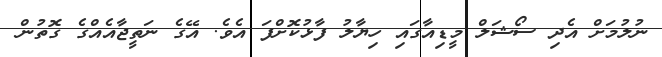
ނުލުމަށް އެދި ސޯޝަލް މީޑިއާގައި ހިޔާލު ފާޅުކޮށްފަ އެވެ. އޭގެ ނަތީޖާއެއްގެ ގޮތުން